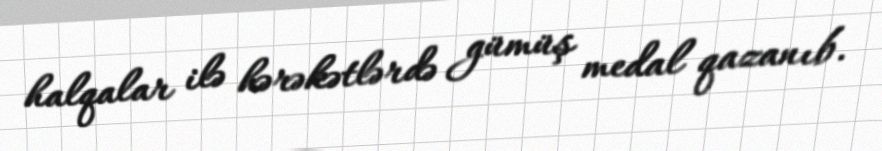
halqalar ilə hərəkətlərdə gümüş medal qazanıb.